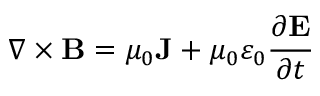
\nabla \times \mathbf { B } = \mu _ { 0 } \mathbf { J } + \mu _ { 0 } \varepsilon _ { 0 } { \frac { \partial \mathbf { E } } { \partial t } }